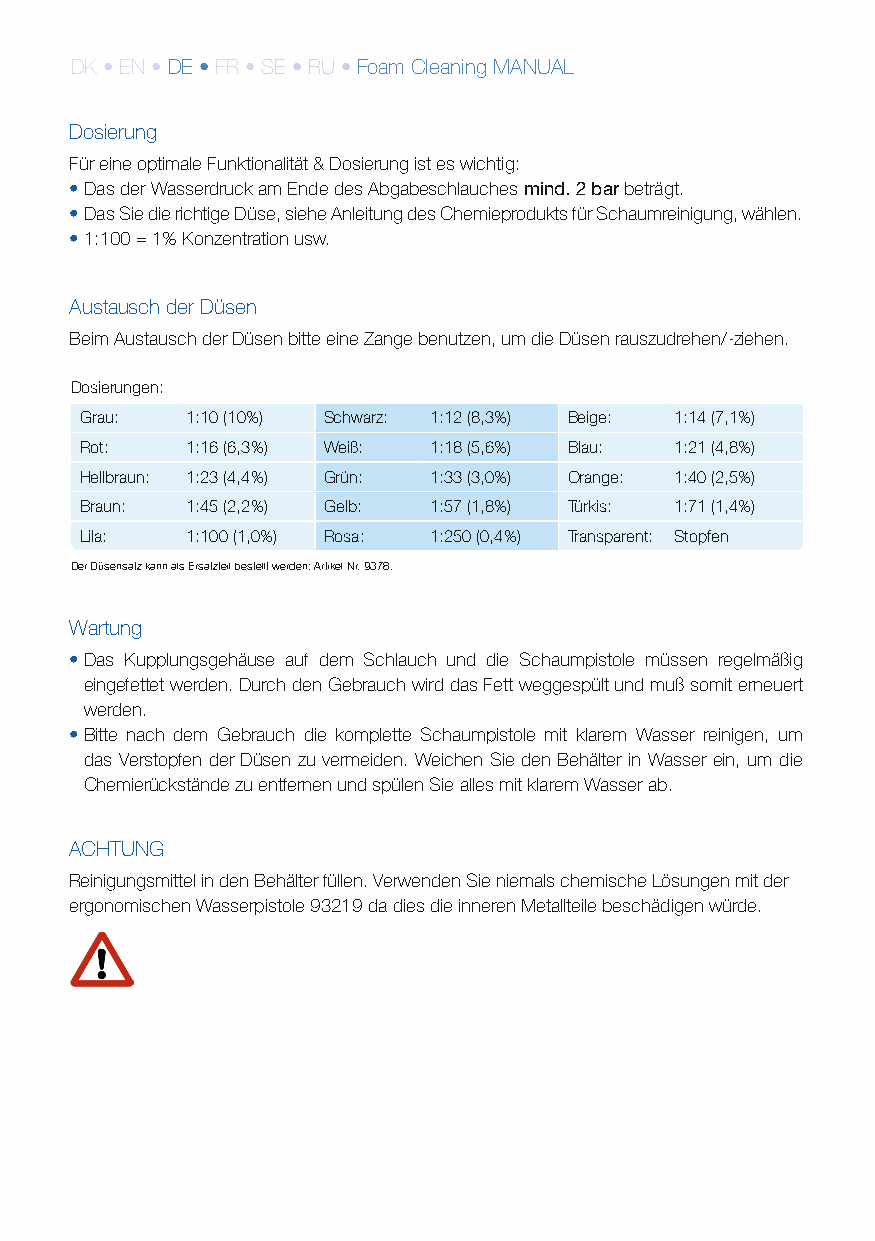
DK • EN • DE • FR • SE • RU • Foam Cleaning MANUAL
 Dosierung
 Für eine optimale Funktionalität & Dosierung ist es wichtig:
 • Das der Wasserdruck am Ende des Abgabeschlauches mind. 2 bar beträgt.
 • Das Sie die richtige Düse, siehe Anleitung des Chemieprodukts für Schaumreinigung, wählen.
 • 1:100 = 1% Konzentration usw.
 Austausch der Düsen
 Beim Austausch der Düsen bitte eine Zange benutzen, um die Düsen rauszudrehen/­ziehen.
 Dosierungen:
 Grau:  1:10 (10%) Schwarz: 1:12 (8,3%) Beige: 1:14 (7,1%)
 Rot:   1:16 (6,3%) Weiß: 1:18 (5,6%) Blau: 1:21 (4,8%)
 Hellbraun: 1:23 (4,4%) Grün: 1:33 (3,0%) Orange: 1:40 (2,5%)
 Braun: 1:45 (2,2%) Gelb: 1:57 (1,8%) Türkis: 1:71 (1,4%)
 Lila:  1:100 (1,0%) Rosa: 1:250 (0,4%) Transparent: Stopfen
 Der Düsensatz kann als Ersatzteil bestellt werden: Artikel­Nr. 9378.
 Wartung
 • Das Kupplungsgehäuse auf dem Schlauch und die Schaumpistole müssen regelmäßig
 eingefettet werden. Durch den Gebrauch wird das Fett weggespült und muß somit erneuert
 werden.
 • Bitte nach dem Gebrauch die komplette Schaumpistole mit klarem Wasser reinigen, um
 das Verstopfen der Düsen zu vermeiden. Weichen Sie den Behälter in Wasser ein, um die
 Chemierückstände zu entfernen und spülen Sie alles mit klarem Wasser ab.
 ACHTUNG
 Reinigungsmittel in den Behälter füllen. Verwenden Sie niemals chemische Lösungen mit der
 ergonomischen Wasserpistole 93219 da dies die inneren Metallteile beschädigen würde.